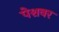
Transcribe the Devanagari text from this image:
पेशवर